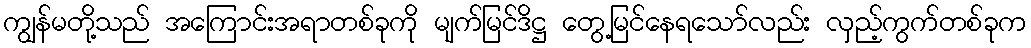
ကျွန်မတို့သည် အကြောင်းအရာတစ်ခုကို မျက်မြင်ဒိဋ္ဌ တွေ့မြင်နေရသော်လည်း လှည့်ကွက်တစ်ခုက